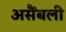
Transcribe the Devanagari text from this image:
असैंबली